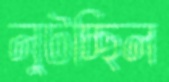
লুটচ্ছিল